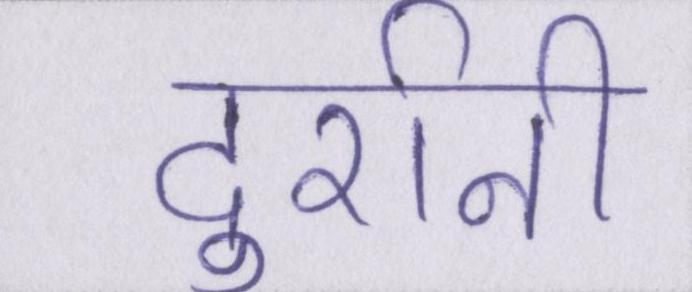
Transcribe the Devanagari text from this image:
दुर्रानी